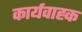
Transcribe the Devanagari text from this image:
कार्यवाह्क